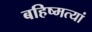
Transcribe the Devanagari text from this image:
बहिष्मत्यां